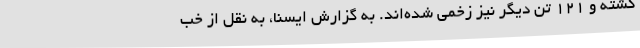
کشته و ۱۲۱ تن دیگر نیز زخمی شده‌اند. به گزارش ایسنا، به نقل از خب